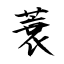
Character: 蓑